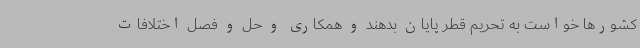
کشورها خواست به تحریم قطر پایان بدهند و همکاری و حل و فصل اختلافات